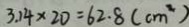
3 . 1 4 \times 2 0 = 6 2 . 8 ( c m ^ { 2 } )